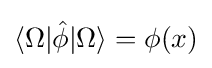
\langle \Omega |{\hat {\phi }}|\Omega \rangle =\phi (x)